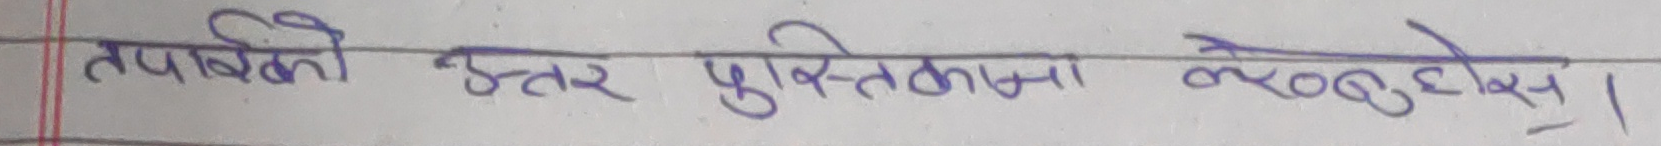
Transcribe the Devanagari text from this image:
तपाईंको उत्तर पुस्तिकामा लेख्नुहोस्।